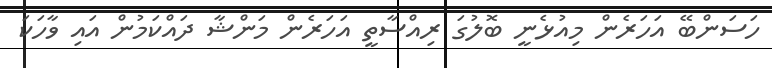
ހަސަންބޭ އަހަރެން މިއުޅެނީ ބޮލުގަ ރިއްސާތީ އަހަރެން މަންޝާ ދައްކަމުން އައި ވާހަކަ